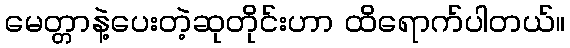
မေတ္တာနဲ့ပေးတဲ့ဆုတိုင်းဟာ ထိရောက်ပါတယ်။